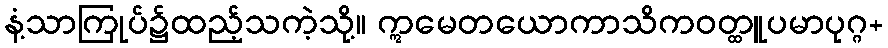
နံ့သာကြုပ်၌ထည့်သကဲ့သို့။ ဣမေတယောကာသိကဝတ္ထူပမာပုဂ္ဂ+